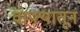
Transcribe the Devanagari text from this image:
वाफ्यातून